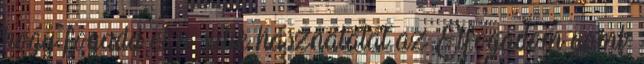
hogy fogadd el a sütik használatát az Elfogadom gomb